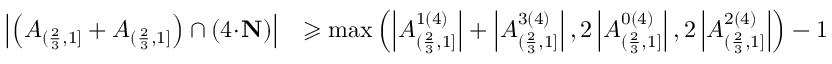
\begin{array} { r l } { \left| \left( A _ { ( \frac { 2 } { 3 } , 1 ] } + A _ { ( \frac { 2 } { 3 } , 1 ] } \right) \cap ( 4 \! \cdot \! \mathbf { N } ) \right| } & { \geqslant \operatorname* { m a x } \left( \left| A _ { ( \frac { 2 } { 3 } , 1 ] } ^ { 1 ( 4 ) } \right| + \left| A _ { ( \frac { 2 } { 3 } , 1 ] } ^ { 3 ( 4 ) } \right| , 2 \left| A _ { ( \frac { 2 } { 3 } , 1 ] } ^ { 0 ( 4 ) } \right| , 2 \left| A _ { ( \frac { 2 } { 3 } , 1 ] } ^ { 2 ( 4 ) } \right| \right) - 1 } \end{array}